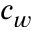
c _ { w }